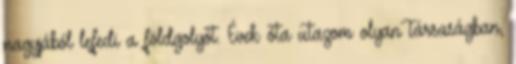
nagyjából lefedi a földgolyót. Évek óta utazom olyan társaságban,